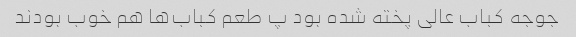
جوجه کباب عالی پخته شده بود پ طعم کباب‌ها هم خوب بودند